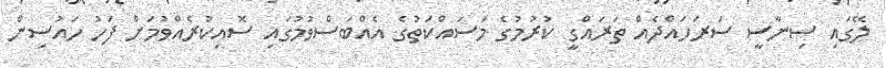
ލޭގައި ސިނާސީ ސަރަހައްދެއް ތަރައްގީ ކުުރުމުގެ މަސައްކަތުގެ އެެއްބަސްވުމުގައި ސޮއިކުރެއްވުމަށް ފަހު ހައުސިން